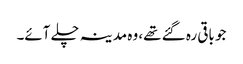
جو باقی رہ گئے تھے، وہ مدینہ چلے آئے۔